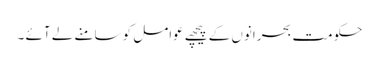
حکومت بحرانوں کے پیچھے عوامل کو سامنے لے آئے ۔